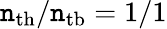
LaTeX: \mathtt{n}_{\mathrm{{th}}}/\mathtt{n}_{\mathrm{{tb}}}=1/1